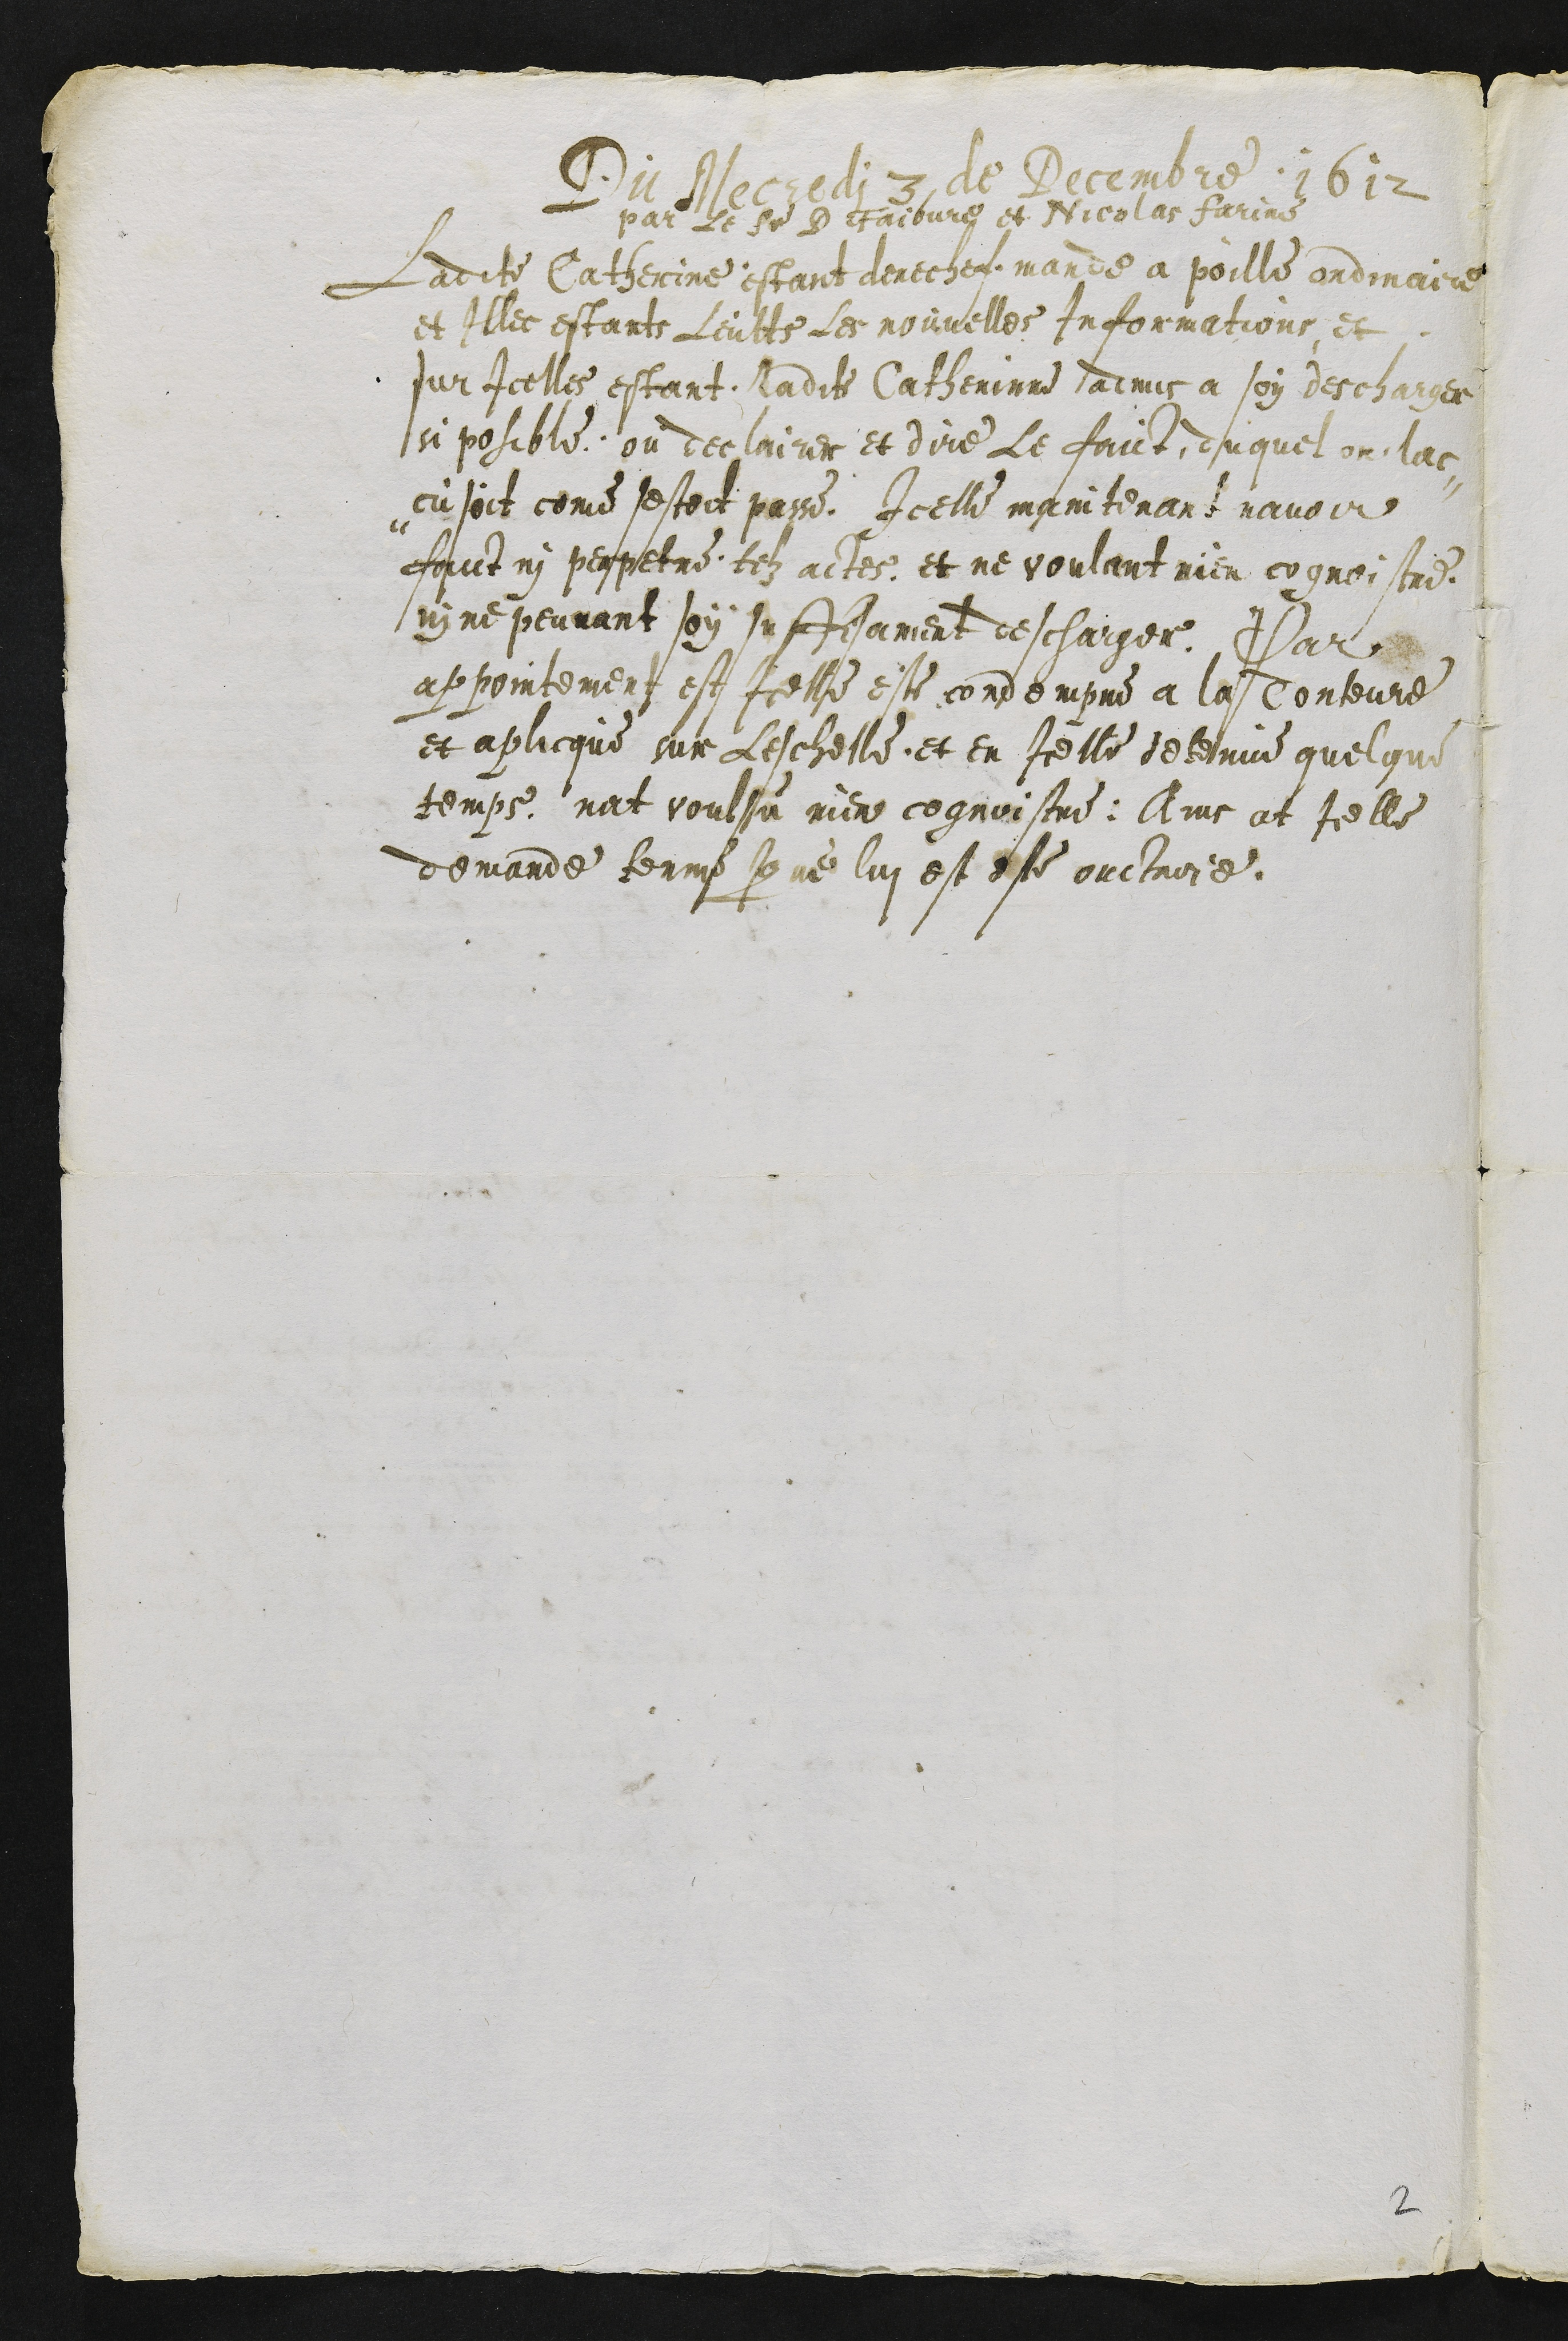
Du Mercredi 3 de Decembre 1612
par le Sr D Faibvre et Nicolas farine
Ladite Catherinne estant derechef mande a poille ordinaire
et illec estants Leults les nouvelles Informations et
sur Icelles estant ladite Catherinne admis a soy descharger
si posible ou declaire et dire le faict duquel on lac-
cusoit come sestoit passe, Icelle maintenant navoir
faict ni perpetre telz actes et ne voulant rien cognoistre
ni ne peuvant soy suffisament deschaiger, Par
appointement est Icelle este condempne a la Torteure
et aplicque sur leschelle et en Icelle detenue quelque
temps nat voulsu rien cognoistre, Ains at Icelle
demande terme que lui est este ouctroye

2